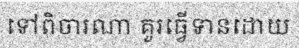
ទៅពិចារណា គួរធ្វើទានដោយ